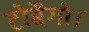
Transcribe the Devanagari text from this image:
टोबैगो।